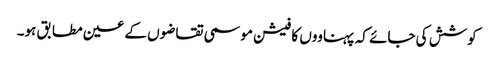
کوشش کی جائے کہ پہناووں کا فیشن موسمی تقاضوں کے عین مطابق ہو۔